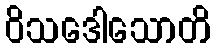
ဝိသဒေါသောတိ